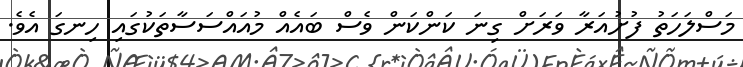
މަސްލަހަތު ފުށުއަރާ ވަރަށް ގިނަ ކަންކަން ވެސް ބައެއް މުއައްސަސާތަކުގައި ހިނގަ އެވެ.